Leaving Certificate Examination (including Day School Certificate (Higher) General paper), 1935
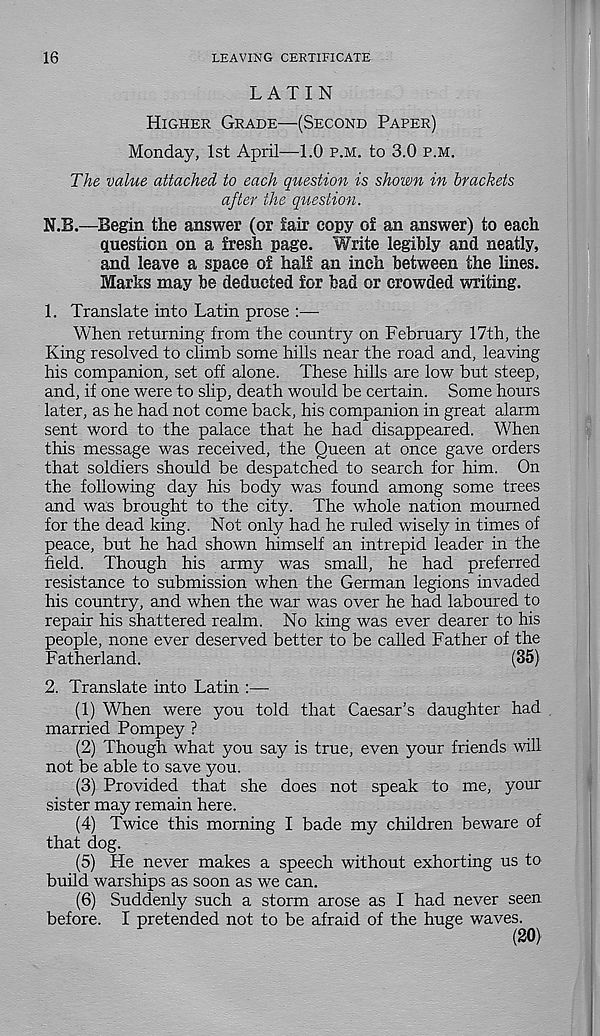
16
LEAVING CERTIFICATE
LATIN
HIGHER GRADE—(SECOND PAPER)
Monday, 1st April—1.0 P.M. to 3.0 P.M.
The value attached to each question is shown in brackets
after the question.
N.B.—Begin the answer (or fair copy of an answer) to each
question on a fresh page. Write legibly and neatly,
and leave a space of half an inch between the lines.
Marks may be deducted for bad or crowded writing.
1. Translate into Latin prose :—
When returning from the country on February 17th, the
King resolved to climb some hills near the road and, leaving
his companion, set off alone. These hills are low but steep,
and, if one were to slip, death would be certain. Some hours
later, as he had not come back, his companion in great alarm
sent word to the palace that he had disappeared. When
this message was received, the Queen at once gave orders
that soldiers should be despatched to search for him. On
the following day his body was found among some trees
and was brought to the city. The whole nation mourned
for the dead king. Not only had he ruled wisely in times of
peace, but he had shown himself an intrepid leader in the
field. Though his army was small, he had preferred
resistance to submission when the German legions invaded
his country, and when the war was over he had laboured to
repair his shattered realm. No king was ever dearer to his
people, none ever deserved better to be called Father of the
Fatherland.
(35)
2. Translate into Latin :—
(1) When were you told that Caesar’s daughter had
married Pompey ?
(2) Though what you say is true, even your friends will
not be able to save you.
(3) Provided that she does not speak to me, your
sister may remain here.
(4) Twice this morning I bade my children beware of
that dog.
(5) He never makes a speech without exhorting us to
build warships as soon as we can.
(6) Suddenly such a storm arose as I had never seen
before. I pretended not to be afraid of the huge waves.
(20)